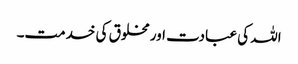
اللہ کی عبادت اور مخلوق کی خدمت۔